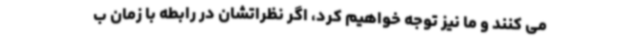
می کنند و ما نیز توجه خواهیم کرد، اگر نظراتشان در رابطه با زمان ب